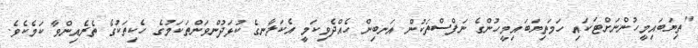
"ތިޔަބައިމީހުންނަށްޓަކައި ހަމަތިޔަބައިމީހުންގެ ނަފްސްތަކުން އަނބިން ހެއްދެވިކަމީ އެކަލާނގެ ކުޅަދުންވަންތަކަމުގެ ހެކިތަކުގެ ތެރެއިންވާ ކަމެކެވެ.